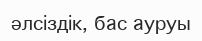
әлсіздік, бас ауруы